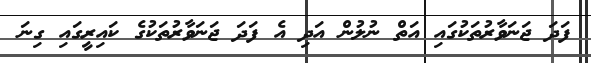
ފަދަ ޖަނަވާރުތަކުގައި އަތް ނުލުން އަދި އެ ފަދަ ޖަނަވާރުތަކުގެ ކައިރީގައި ގިނަ